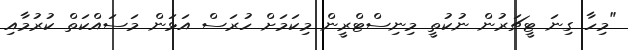
"މިހާ ގިނަ ޓީޗަރުން ނުކުތީ މިނިސްޓްރީން މިކަމަށް ހުރަސް އަޅަން މަސައްކަތް ކުރުމާއި